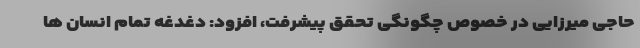
حاجی میرزایی در خصوص چگونگی تحقق پیشرفت، افزود: دغدغه تمام انسان ها